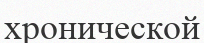
хронической